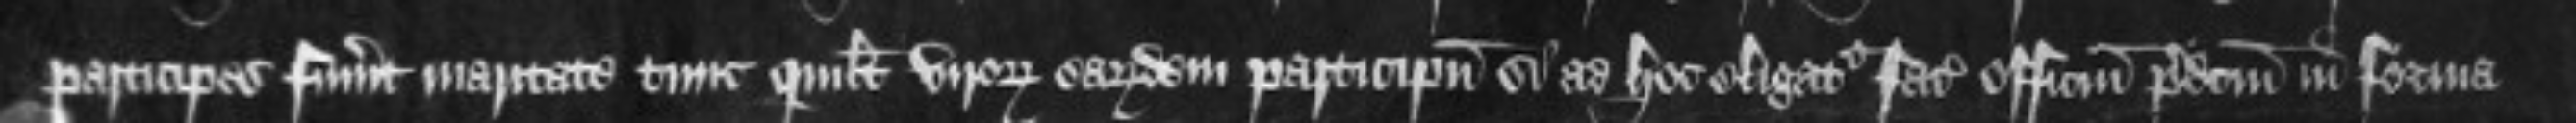
participes fuerint maritate tunc quilibet virorumn earundem participuum si ad hoc eligatus faciat officium predictum in forma